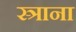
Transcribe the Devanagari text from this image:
स्त्राना